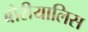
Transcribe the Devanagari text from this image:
बोरीयालिस